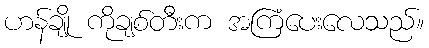
ဟန်ချို ကိုချစ်တီးက အကြံပေးလေသည်။